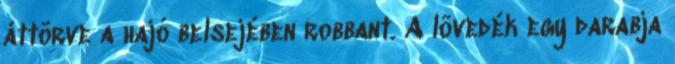
áttörve a hajó belsejében robbant. A lövedék egy darabja